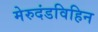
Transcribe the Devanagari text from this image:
मेरुदंडविहिन